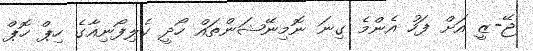
ޖޭ-ޒީ އަށް ފަހު އެންމެ ގިނަ ނޮމިނޭޝަންތައް ހޯދީ ކެލިފޯނިއާގެ ހިޕް ހޮޕް